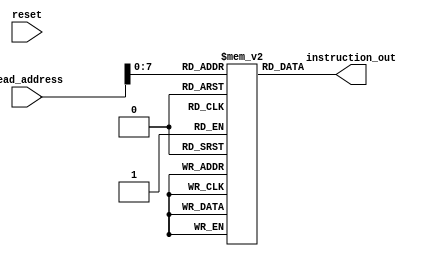
module Instruction_Memory #(
    parameter MEMORY_SIZE = 1024,
    parameter MEMORY_FILE = ""
)
(
    input wire reset,
    input wire [31:0] read_address,
    output wire [31:0] instruction_out
);

reg [31:0] memory[(MEMORY_SIZE/4)-1:0];
wire [31:0] normalized_address;

assign instruction_out = memory[read_address];

integer i;

initial begin
    if(MEMORY_FILE != "") begin
        $readmemh(MEMORY_FILE, memory, 0, 14);
    end
end
    
endmodule